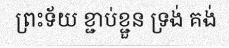
ព្រះទ័យ ខ្ជាប់ខ្ជួន ទ្រង់ គង់